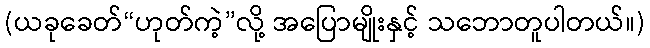
(ယခုခေတ်“ဟုတ်ကဲ့”လို့ အပြောမျိုးနှင့် သဘောတူပါတယ်။)